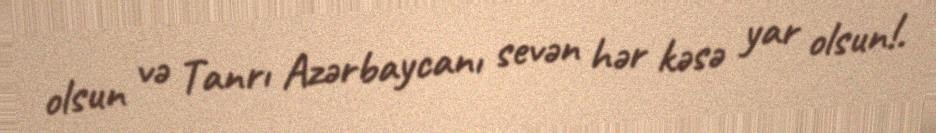
olsun və Tanrı Azərbaycanı sevən hər kəsə yar olsun!.